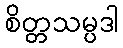
စိတ္တသမ္ပဒါ